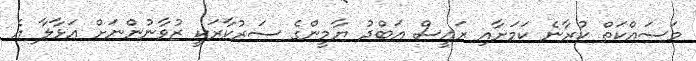
މަސައްކަތް ކުރާނެ ކަމަށާއި ރައީސް އަބްދު ޔާމީންގެ ސަރުކާރަކީ ޒުވާނުންނަށް އަޅާލާ އެ